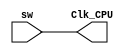
`timescale 1ns / 1ps
//////////////////////////////////////////////////////////////////////////////////
// Company: 
// Engineer: 
// 
// Design Name: 
// Module Name:    SWclock 
// Project Name: 
// Target Devices: 
// Tool versions: 
// Description: 
//
// Dependencies: 
//
// Revision: 
// Revision 0.01 - File Created
// Additional Comments: 
//
//////////////////////////////////////////////////////////////////////////////////
module SWclock(
input sw,
output Clk_CPU
    );

assign Clk_CPU=sw;

endmodule